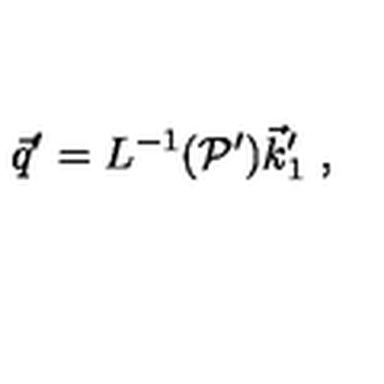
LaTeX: \vec { q } ^ { \prime } = L ^ { - 1 } ( { \cal P } ^ { \prime } ) \vec { k } _ { 1 } ^ { \prime } \ ,